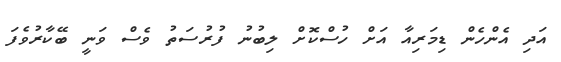
އަދި އެންހެން ޑިމަރިއާ އަށް ހުސްކޮށް ލިބުނު ފުރުސަތު ވެސް ވަނީ ބޭކާރުވެފަ